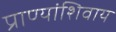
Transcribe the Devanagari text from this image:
प्राण्यांशिवाय